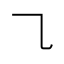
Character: ㇈